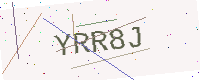
Text: YRR8J